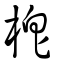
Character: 梎